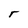
Character: r